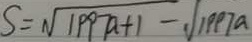
S = \sqrt { 1 9 9 7 a + 1 } - \sqrt { 1 9 9 7 a }